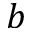
b